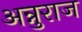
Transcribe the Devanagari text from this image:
अन्नुराज